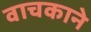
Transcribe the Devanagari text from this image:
वाचकाने